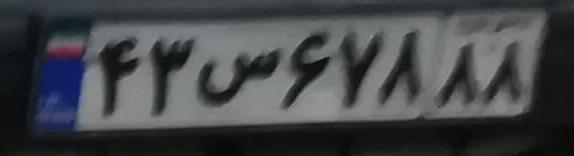
۴۳س۶۷۸۸۸